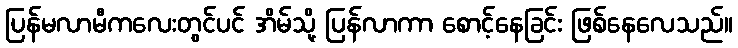
ပြန်မလာမီကလေးတွင်ပင် အိမ်သို့ ပြန်လာကာ စောင့်နေခြင်း ဖြစ်နေလေသည်။